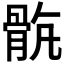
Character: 𩨺